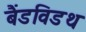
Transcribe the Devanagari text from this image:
बैंडविडथ